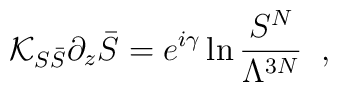
{\cal K}_{S\bar{S}} \partial_z \bar{S}   =  e^{i\gamma} \ln \frac{S^N}{\Lambda^{3N}} \;\;,